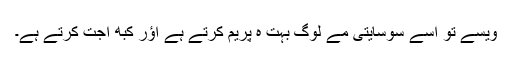
ویسے تو اُسے سوسِایتی مے لوگ بہُت ہِ پریم کرتے ہے اؤر کبھِ اِجت کرتے ہے۔